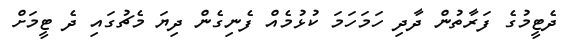
ދެޓީމުގެ ފަރާތުން ދާދި ހަމަހަމަ ކުޅުމެއް ފެނިގެން ދިޔަ މެޗުގައި ދެ ޓީމަށް